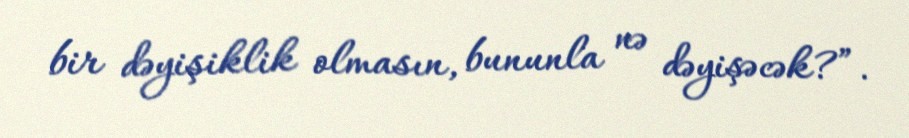
bir dəyişiklik olmasın, bununla nə dəyişəcək?”.